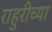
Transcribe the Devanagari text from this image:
राहुरीच्या